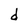
Character: d